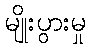
မျိုးပွားမှု